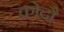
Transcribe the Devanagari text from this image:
कोदौ